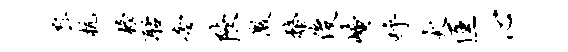
戽杭榜聒旁陕激蝥俊崦呼犬匡心